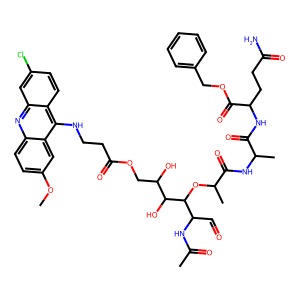
SMILES: COc1ccc2nc3cc(Cl)ccc3c(NCCC(=O)OCC(O)C(O)C(OC(C)C(=O)NC(C)C(=O)NC(CCC(N)=O)C(=O)OCc3ccccc3)C(C=O)NC(C)=O)c2c1
Inhibits HIV replication: No